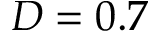
D = 0 . 7